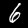
Digit: 6